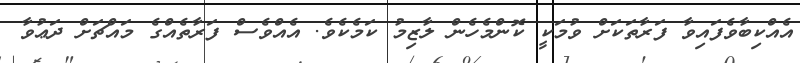
އެއްކިބާވެފައިވާ ފަރާތަކަށް ވުމަކީ ކޮންމެހެން ލާޒިމު ކަމެކެވެ. އެއްވެސް ފަރާތެއްގެ މައްޗަށް ދަޢުވާ